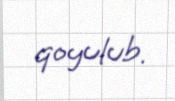
qoyulub.